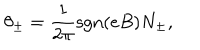
LaTeX: \theta _ { \pm } = \frac { 1 } { 2 \pi } \mathrm { s g n } ( e B ) N _ { \pm } ,